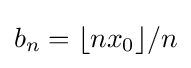
b_{n}=\lfloor nx_{0}\rfloor /n